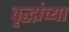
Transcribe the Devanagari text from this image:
वृद्धांच्या